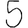
Digit: 5